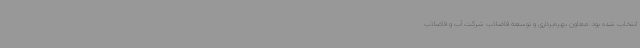
انتخاب شده بود. معاون بهره‌برداری و توسعه فاضلاب شرکت آب و فاضلاب